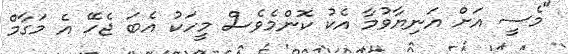
"މެސީ އަށް އަނިޔާވުމާ އެކު ކޮންމެވެސް މީހަކު އެބަ ޖެހޭ އެ މަގާމް